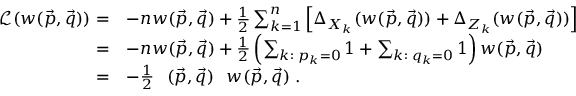
\begin{array} { r l } { \mathcal L ( w ( \vec { p } , \vec { q } ) ) = } & { - n w ( \vec { p } , \vec { q } ) + \frac 1 2 \sum _ { k = 1 } ^ { n } \left[ \Delta _ { X _ { k } } ( w ( \vec { p } , \vec { q } ) ) + \Delta _ { Z _ { k } } ( w ( \vec { p } , \vec { q } ) ) \right] } \\ { = } & { - n w ( \vec { p } , \vec { q } ) + \frac 1 2 \left( \sum _ { k : \; p _ { k } = 0 } 1 + \sum _ { k : \; q _ { k } = 0 } 1 \right) w ( \vec { p } , \vec { q } ) } \\ { = } & { - \frac 1 2 \interleave ( \vec { p } , \vec { q } ) \interleave w ( \vec { p } , \vec { q } ) \; . } \end{array}